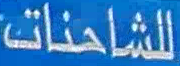
للشاحنات